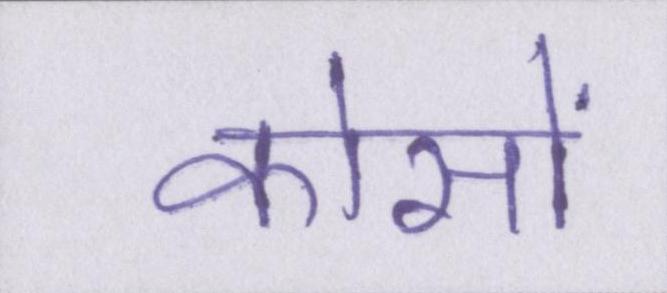
कोसों